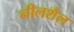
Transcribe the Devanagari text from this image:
नीलशैल